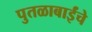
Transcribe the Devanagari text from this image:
पुतळाबाईंचे